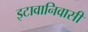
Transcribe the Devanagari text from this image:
इटावानिवासी